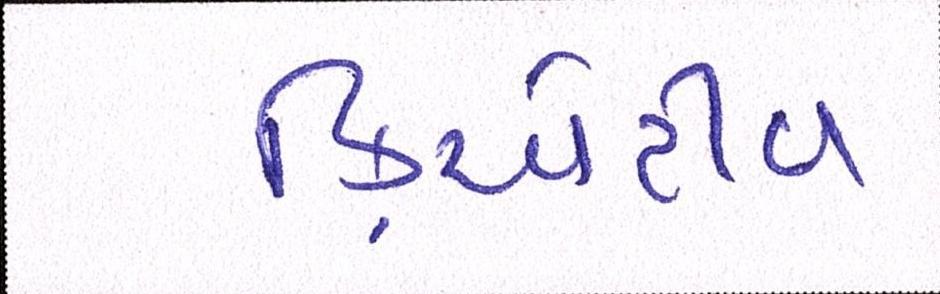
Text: ક્રિએટીવ